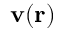
\mathbf { v } ( \mathbf { r } )